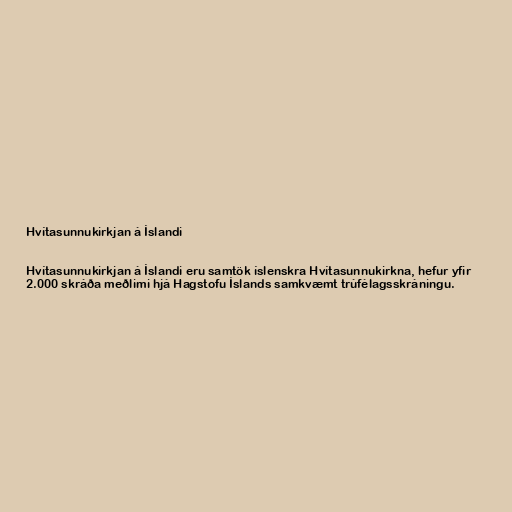
Hvítasunnukirkjan á Íslandi

Hvítasunnukirkjan á Íslandi eru samtök íslenskra Hvítasunnukirkna, hefur yfir
2.000 skráða meðlimi hjá Hagstofu Íslands samkvæmt trúfélagsskráningu.